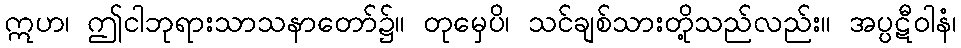
ဣဟ၊ ဤငါဘုရားသာသနာတော်၌။ တုမှေပိ၊ သင်ချစ်သားတို့သည်လည်း။ အပ္ပဋီဝါနံ၊